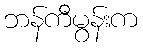
ဘန်ကီမွန်းက